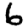
Digit: 6